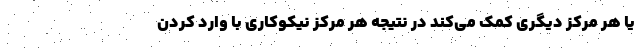
یا هر مرکز دیگری کمک می‌کند در نتیجه هر مرکز نیکوکاری با وارد کردن